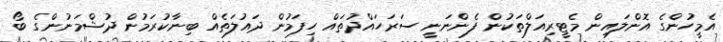
އެމީހުންގެ އޮންލައިން މެޓީރިއަލްތަކުން ފެންނަނީ ސަރަހައްދުތައް ހިފަމުން ދައުލަތެއް ބިނާކުރަމުން ދުޝްމަނުންގެ ބޯ